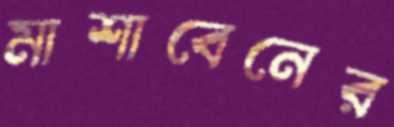
মাশাবেনের